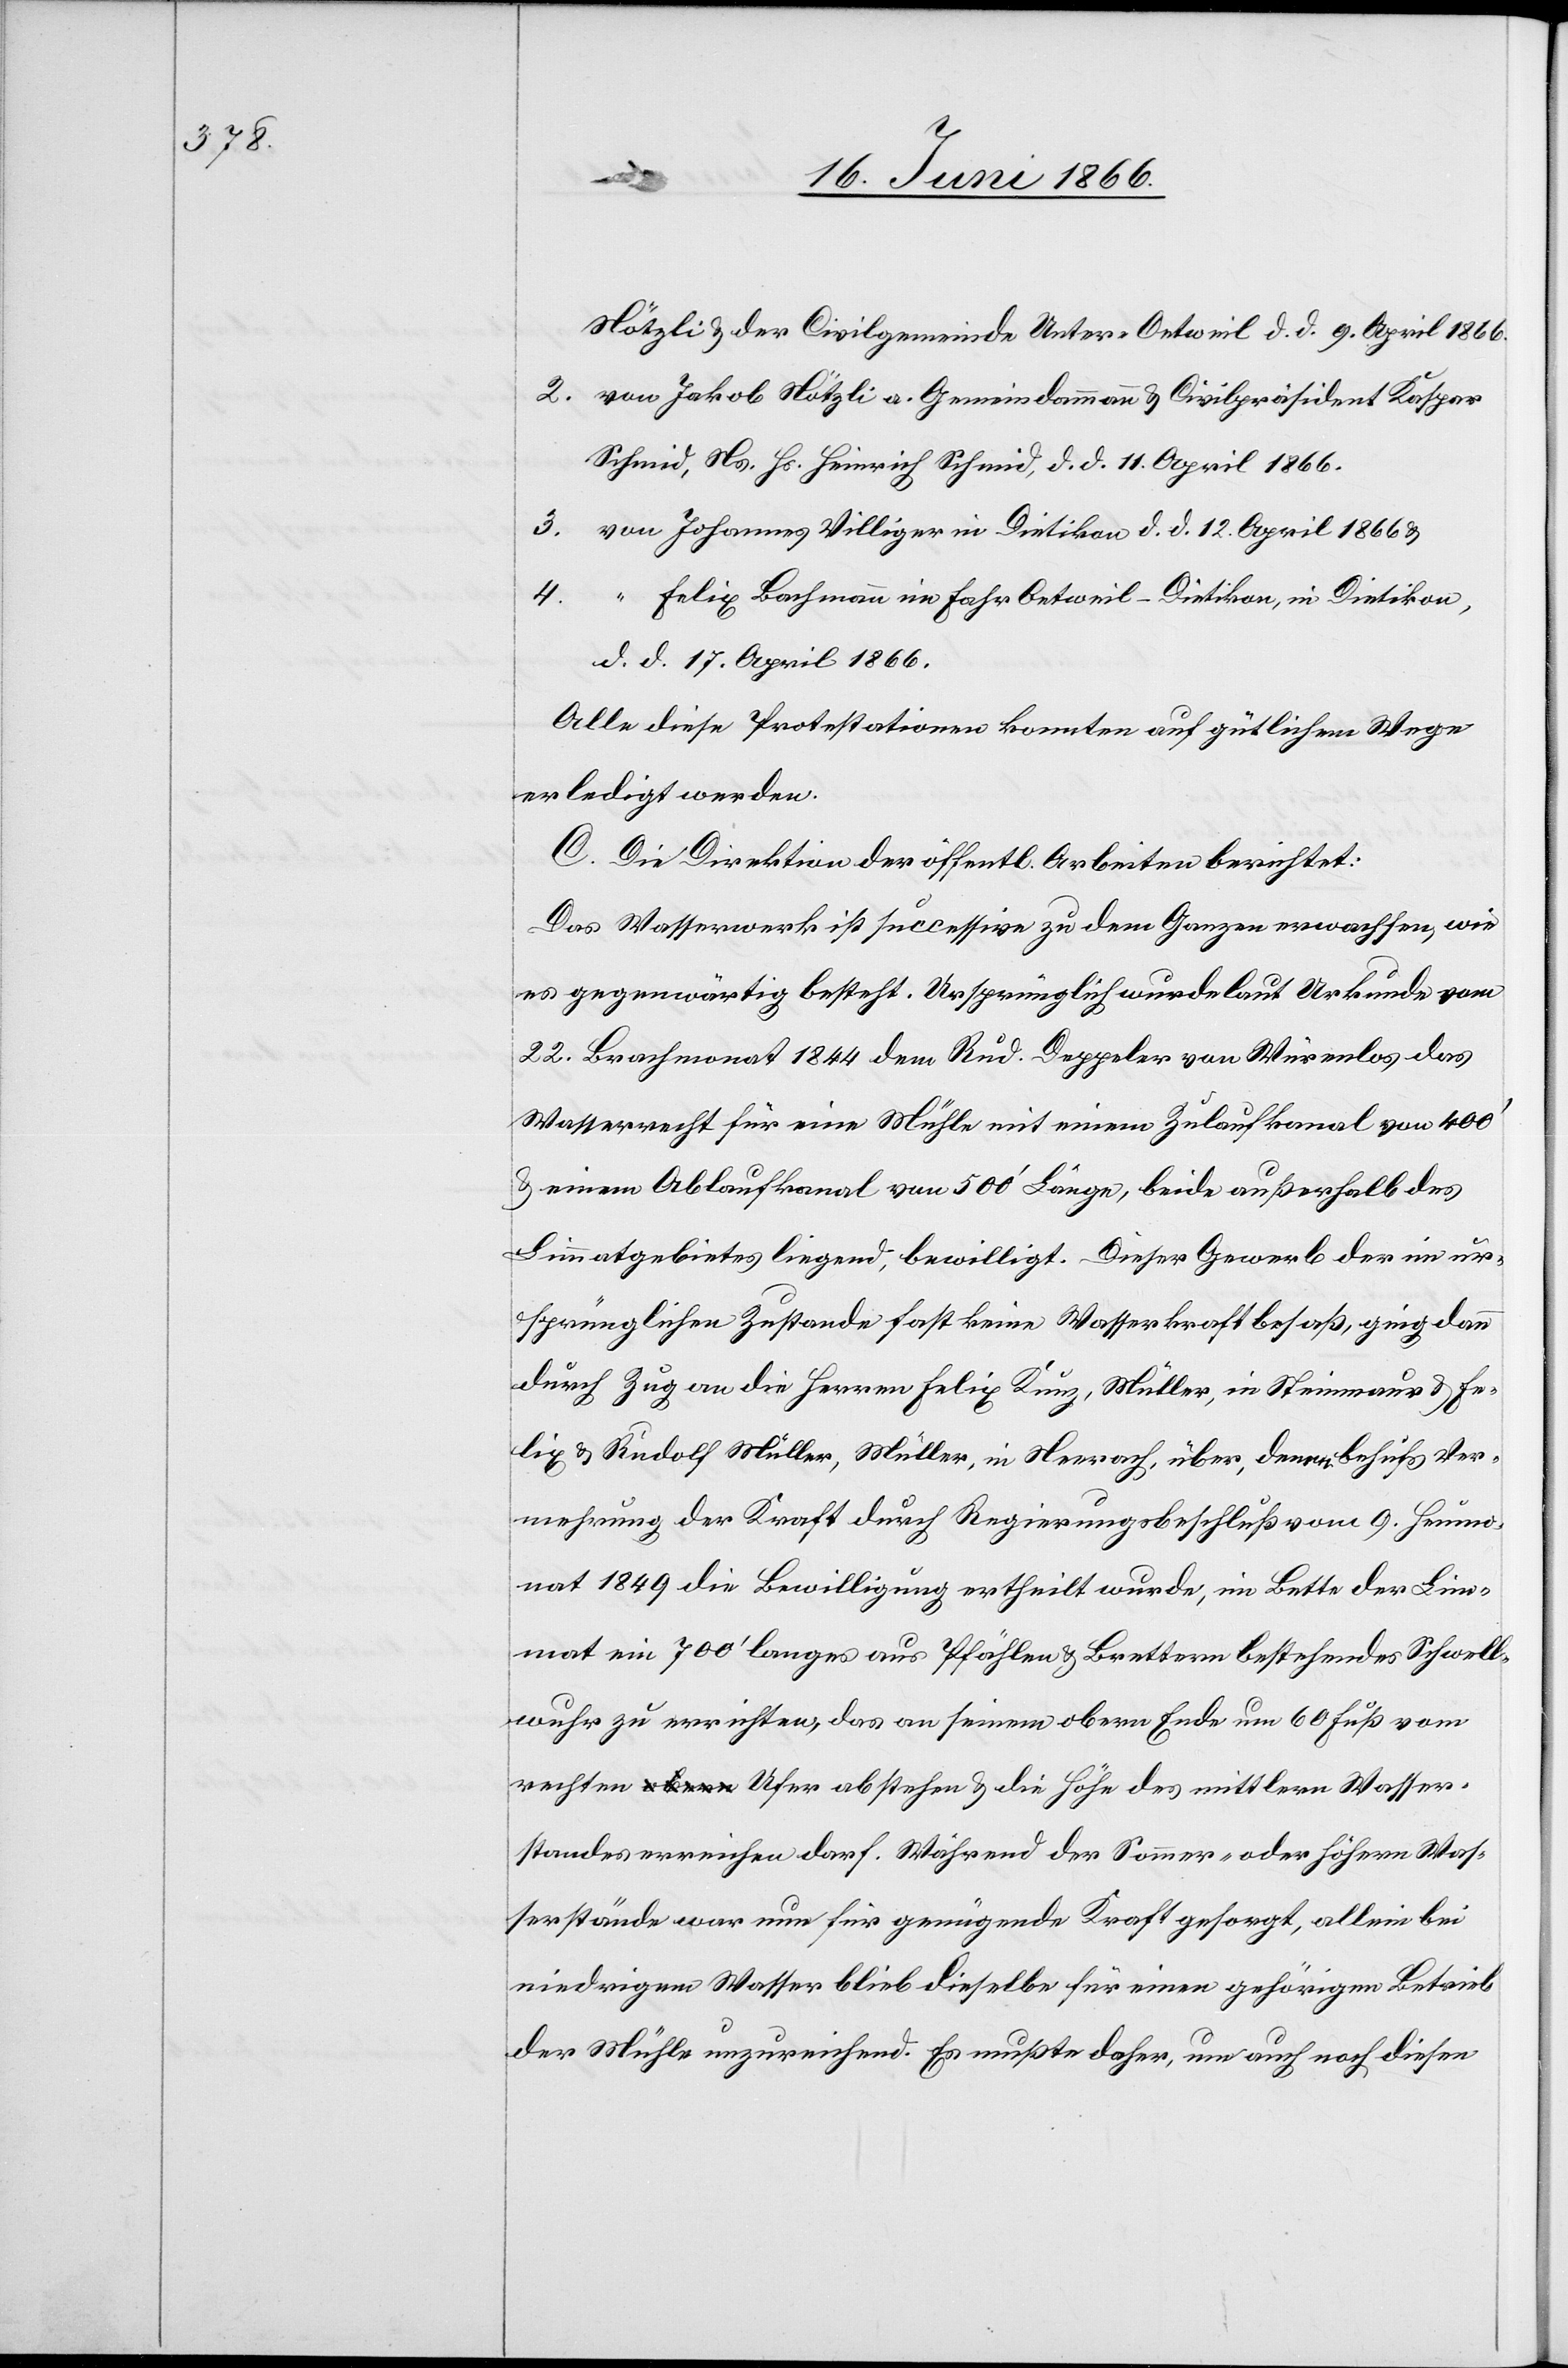
Nötzli u. der Civilgemeinde Unter-Oetweil d. d. 9. April 1866.
2. von Jakob Nötzli a. Gemeindammann u. Civilpräsident Kaspar
Schmid, Ns. Hs. Heinrich Schmid, d. d. 11. April 1866.
3. von Johannes Villiger in Dietikon d. d. 12. April 1866 u.
4.
“ Felix Bachmann im Fahr Oetweil-Dietikon, in Dietikon,
d. d. 17. April 1866.
Alle diese Protestationen konnten auf gütlichem Wege
erledigt werden.
C. Die Direktion der öffentl. Arbeiten berichtet:
Das Wasserwerk ist successive zu dem Ganzen erwachsen, wie
es gegenwärtig besteht. Ursprünglich wurde laut Urkunde vom
22. Brachmonat 1844 dem Rud. Deppeler von Würenlos das
Wasserrecht für eine Mühle mit einem Zulaufkanal von 400‘
u. einem Ablaufkanal von 500‘ Länge, beide außerhalb des
Limmatgebietes liegend, bewilligt. Dieser Gewerb der in ur¬
sprünglichen Zustande fast keine Wasserkraft besaß, ging dann
durch Zug an die Herren Felix Kunz, Müller, in Steinmaur u. Fe¬
lix u. Rudolf Müller, Müller, in Neerach, über, denen behufs Ver¬
mehrung der Kraft durch Regierungsbeschluß vom 9. Heumo¬
nat 1849 die Bewilligung ertheilt wurde, im Bette der Lim¬
mat ein 700‘ langes aus Pfählen u. Brettern bestehendes Schwell¬
wuhr zu errichten, das an seinem obern Ende um 60 Fuß vom
rechten Ufer abstehen u. die Höhe des mittlern Wasser¬
standes erreichen darf. Während der Sommer- oder höhern Was¬
serstände war nun für genügende Kraft gesorgt, allein bei
niedrigem Wasser blieb dieselbe für einen gehörigen Betrieb
der Mühle unzureichend. Es mußte daher, um auch noch diesen